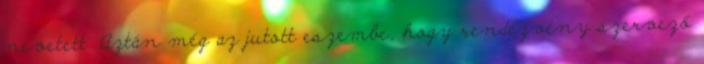
nevetett. Aztán még az jutott eszembe, hogy rendezvény szervező